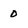
Character: 0